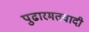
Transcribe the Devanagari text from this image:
पुढारमतवादी